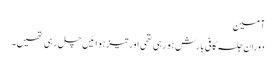
آمین
دوران جلسہ کافی بارش ہو رہی تھی اور تیز ہوائیں چل رہی تھیں۔